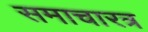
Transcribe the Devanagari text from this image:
समाचारत्र